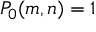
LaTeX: P _ { 0 } ( m , n ) = 1